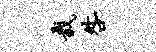
栽咎